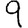
Digit: 9